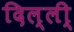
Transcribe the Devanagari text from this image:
दिल्ली्